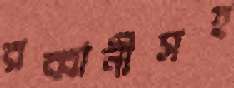
রব্বানীসহ